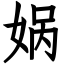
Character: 娲